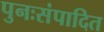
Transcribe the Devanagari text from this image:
पुनःसंपादित